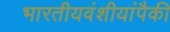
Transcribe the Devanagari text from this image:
भारतीयवंशीयांपैकी